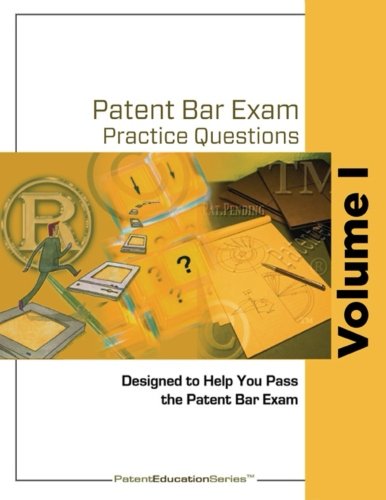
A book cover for Patent Bar Exam Practice Questions - Volume I (Volume 1); Inc, Intellectual Properties Enterprises; Test Preparation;